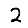
Digit: 2